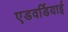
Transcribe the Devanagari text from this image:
एडवर्डियाई